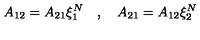
A _ { 1 2 } = A _ { 2 1 } \xi _ { 1 } ^ { N } \quad , \quad A _ { 2 1 } = A _ { 1 2 } \xi _ { 2 } ^ { N }